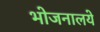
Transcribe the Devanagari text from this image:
भोजनालये